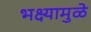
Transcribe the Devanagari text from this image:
भक्ष्यामुळे